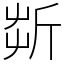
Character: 㪿